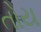
તોય